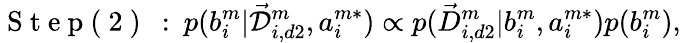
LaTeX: \mathrm{~S~t~e~p~(~2~)~}\: :\: p(b_{i}^{m}|\mathcal{\vec{D}}_{i,d2}^{m},a_{i}^{m*})\propto p(\vec{D}_{i,d2}^{m}|b_{i}^{m},a_{i}^{m*})p(b_{i}^{m}),